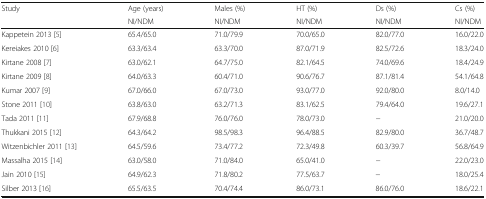
<table><thead><tr><td><b>Study</b></td><td><b>Age (years)</b></td><td><b>Males (%)</b></td><td><b>HT (%)</b></td><td><b>Ds (%)</b></td><td><b>Cs (%)</b></td></tr><tr><td></td><td><b>NI/NDM</b></td><td><b>NI/NDM</b></td><td><b>NI/NDM</b></td><td><b>NI/NDM</b></td><td><b>NI/NDM</b></td></tr></thead><tbody><tr><td>Kappetein 2013 [5]</td><td>65.4/65.0</td><td>71.0/79.9</td><td>70.0/65.0</td><td>82.0/77.0</td><td>16.0/22.0</td></tr><tr><td>Kereiakes 2010 [6]</td><td>63.3/63.4</td><td>63.3/70.0</td><td>87.0/71.9</td><td>82.5/72.6</td><td>18.3/24.0</td></tr><tr><td>Kirtane 2008 [7]</td><td>63.0/62.1</td><td>64.7/75.0</td><td>82.1/64.5</td><td>74.0/69.6</td><td>18.4/24.9</td></tr><tr><td>Kirtane 2009 [8]</td><td>64.0/63.3</td><td>60.4/71.0</td><td>90.6/76.7</td><td>87.1/81.4</td><td>54.1/64.8</td></tr><tr><td>Kumar 2007 [9]</td><td>67.0/66.0</td><td>67.0/73.0</td><td>93.0/77.0</td><td>92.0/80.0</td><td>8.0/14.0</td></tr><tr><td>Stone 2011 [10]</td><td>63.8/63.0</td><td>63.2/71.3</td><td>83.1/62.5</td><td>79.4/64.0</td><td>19.6/27.1</td></tr><tr><td>Tada 2011 [11]</td><td>67.9/68.8</td><td>76.0/76.0</td><td>78.0/73.0</td><td>−</td><td>21.0/20.0</td></tr><tr><td>Thukkani 2015 [12]</td><td>64.3/64.2</td><td>98.5/98.3</td><td>96.4/88.5</td><td>82.9/80.0</td><td>36.7/48.7</td></tr><tr><td>Witzenbichler 2011 [13]</td><td>64.5/59.6</td><td>73.4/77.2</td><td>72.3/49.8</td><td>60.3/39.7</td><td>56.8/64.9</td></tr><tr><td>Massalha 2015 [14]</td><td>63.0/58.0</td><td>71.0/84.0</td><td>65.0/41.0</td><td>−</td><td>22.0/23.0</td></tr><tr><td>Jain 2010 [15]</td><td>64.9/62.3</td><td>71.8/80.2</td><td>77.5/63.7</td><td>−</td><td>18.0/25.4</td></tr><tr><td>Silber 2013 [16]</td><td>65.5/63.5</td><td>70.4/74.4</td><td>86.0/73.1</td><td>86.0/76.0</td><td>18.6/22.1</td></tr></tbody></table>